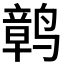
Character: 𫜂